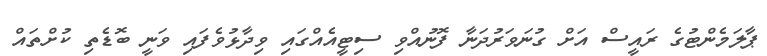
ޕާލަމެންޓުގެ ރައީސް އަށް ގުނަވަރުދަނާ ފޮނުއްވި ސިޓީއެއްގައި ވިދާޅުވެފައި ވަނީ ބޮޑެތި ކުށްތައް